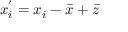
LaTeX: x _ { i } ^ { ' } = x _ { i } - { \bar { x } } + { \bar { z } }